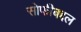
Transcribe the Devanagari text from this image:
सोफीबद्दल